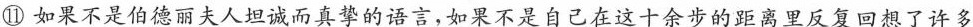
⑪如果不是伯德丽夫人坦诚而真挚的语言，如果不是自己在这十余步的距离里反复回想了许多